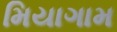
મિયાગામ